Indian journal of veterinary science and animal husbandry - Volume 6,
Year: 1936
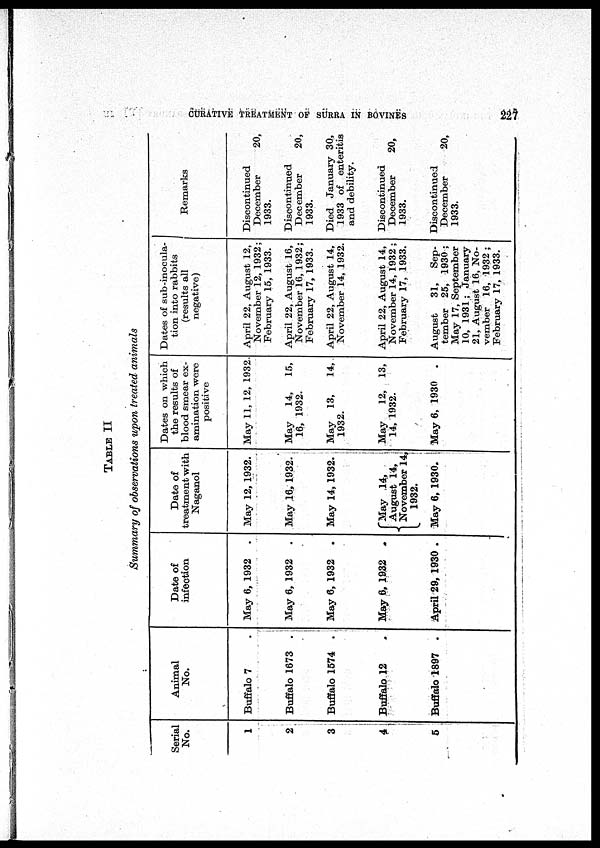
CURATIVE TREATMENT OF SURRA IN BOVINES
227
TABLE II
Summary of observations upon treated animals
Serial
No.
1
2
3
4
5
Animal
No.
Buffalo 7 .
Buffalo 1673 .
Buffalo 1574 .
Buffalo 12 .
Buffalo 1897 .
Date of
infection
May 6, 1932
.
May 6, 1932 .
May 6, 1932
.
May 6, 1932
.
April 29, 1930 .
Date of
treatment with
Naganol
May 12, 1932.
May 16, 1932.
May 14, 1932.
May 14,
August 14,
November 14,
1932.
May 6, 1930.
Dates on which
the results of
blood smear ex-
amination were
positive
May 11, 12, 1932.
May
14, 15,
16, 1932.
May 13,
14,
1932.
May
12, 13,
14, 1932.
May 6, 1930 .
Dates of sub-inocula-
tion into rabbits
(results all
negative)
April 22, August 12,
November 12, 1932;
February 15, 1933.
April 22, August 16,
November 16, 1932;
February 17, 1933.
April 22, August 14,
November 14, 1932.
April 22, August 14,
November 14, 1932 ;
February 17, 1933.
August
31, Sep-
tember 25, 1930 ;
May 17, September
10, 1931 ; January
21, August 16, No-
vember 16, 1932 ;
February 17, 1933.
Remarks
Discontinued
December
20,
1933.
Discontinued
December
20,
1933.
Died January 30,
1933 of enteritis
and debility.
Discontinued
December
20,
1933.
Discontinued
December
20,
1933.